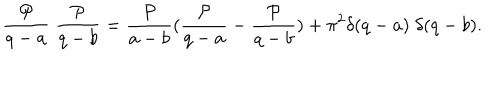
\frac { { \cal P } } { q - a } \; \frac { { \cal P } } { q - b } = \frac { { \cal P } } { a - b } ( \frac { { \cal P } } { q - a } - \frac { { \cal P } } { q - b } ) + \pi ^ { 2 } \delta ( q - a ) \; \delta ( q - b ) .